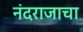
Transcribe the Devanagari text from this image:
नंदराजाचा